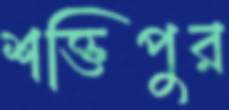
শক্তিপুর